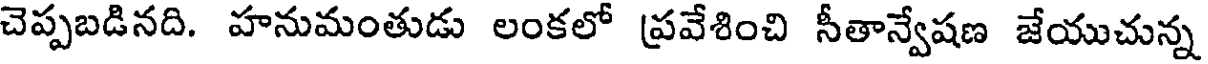
చెప్పబడినది. హనుమంతుడు లంకలో ప్రవేశించి సీతాన్వేషణ జేయుచున్న